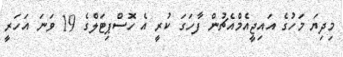
މިދިޔަ މަހުގެ އައިޖީއެމްއެޗުން ފާހަގަ ކުރީ އެ ހޮސްޕިޓަލްގެ 19 ވަނަ އަހަރީ